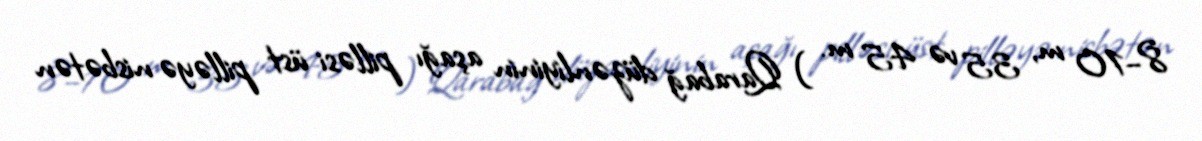
8–10 m, 35 və 45 m. ) Qarabağ düzənliyinin aşağı pilləsi üst pilləyə nisbətən